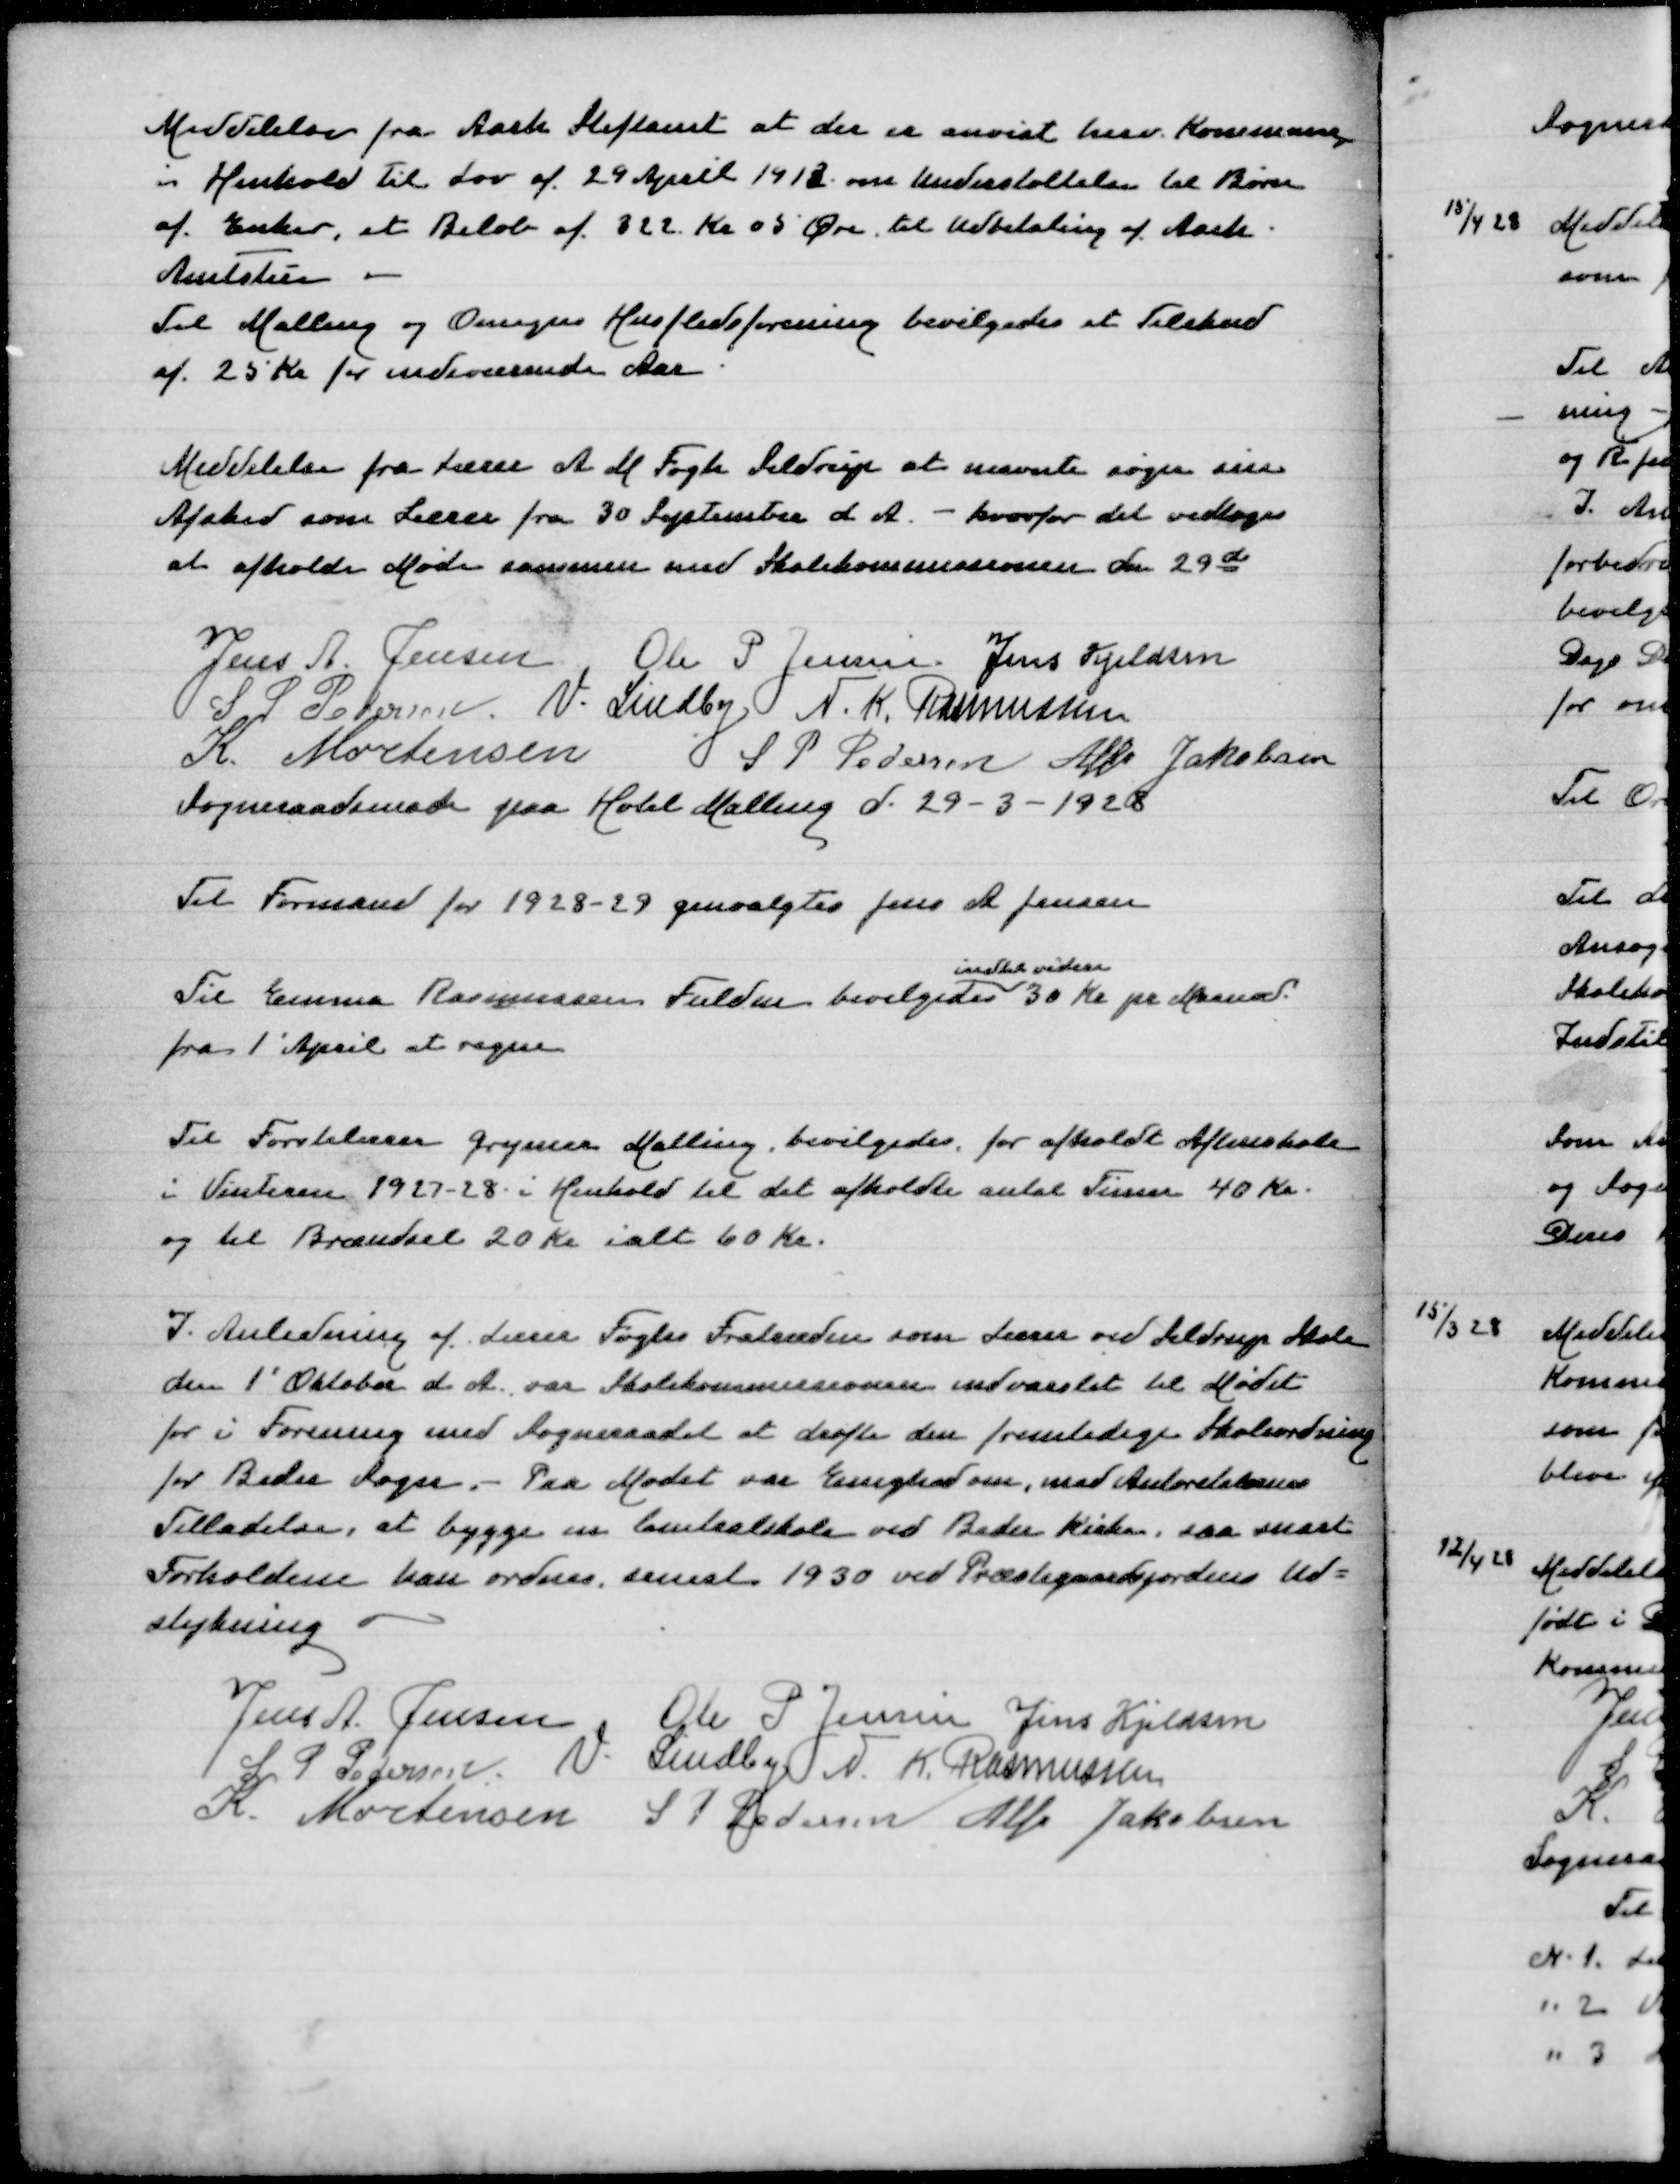
Transskription:
Meddelelse fra Aarh Stiftamt at der er anvist herv Kommune,
i Henhold til Lov af 29 April 1913 om Understøttelse til Børn
af Enker, et Beløb af 322 Kr 05 Øre til Udbetaling af Aarh
Amtstue
Til Malling og Omegns Husflidsforening bevilgedes et Tilskud
af 25 Kr for indeværende Aar

Meddelelse fra Lærer A M Fogh Seldrup at nævnte søger sin
Afsked som Lærer fra 30 September d A - hvorfor det vedtoges
at afholde Møde sammen med Skolekommissionen den 29 de

Jens A Jensen
Ole P Jensen
Jens Kjeldsen
S P Pedersen
V Lindby
N K Rasmussen
K Mortensen
S P Pedersen
Alfr Jakobsen
Sogneraadsmøde paa Hotel Malling d 29-3-1928

Til Formand for 1928-29 genvalgtes Jens A Jensen

indtil videre
Til Emma Rasmussen Fulden bevilgedes 30 Kr pr Maaned
fra 1' April at regne

Til Førstelærer Grymer Malling bevilgedes for afholdt Aftenskole
i Vinteren 1927-28 i Henhold til det afholdte antal Timer 40 Kr
og til Brændsel 20 Kr ialt 60 Kr

I Anledning af Lærer Foghs Fratræden som Lærer ved Seldrup Skole
den 1' Oktober d A var Skolekommissionen indvarslet til Mødet
for i Forening med Sogneraadet at drøfte den fremtidige Skoleordning
for Beder Sogn - Paa Mødet var Enighed om, med Autoriteternes
Tilladelse at bygge en Centralskole ved Beder Kirke saa snart
Forholdene kan ordnes senest 1930 ved Præstegaardsjordens Ud=
stykning
Jens A Jensen
Ole P Jensen
Jens Kjeldsen
S P Pedersen
V Lindby
N K Rasmussen
K Mortensen
S P Pedersen
Alfr Jakobsen